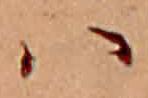
ハ